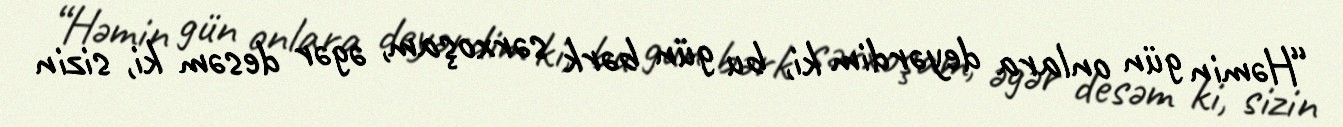
“Həmin gün onlara deyərdim ki, bu gün bərk sərxoşam, əgər desəm ki, sizin